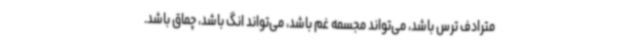
مترادف ترس باشد، می‌تواند مجسمه غم باشد، می‌تواند انگ باشد، چماق باشد.